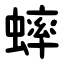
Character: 蟀